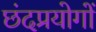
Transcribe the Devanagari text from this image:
छंदप्रयोगों